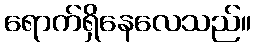
ရောက်ရှိနေလေသည်။